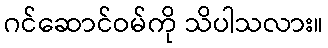
ဂင်ဆောင်ဝမ်ကို သိပါသလား။